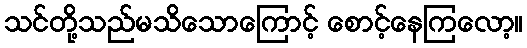
သင်တို့သည်မသိသောကြောင့် စောင့်နေကြလော့။